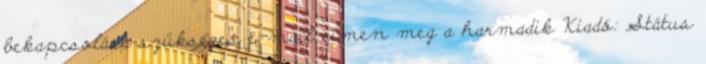
bekapcsolása szükséges e-mail címen meg a harmadik Kiadó: Státus